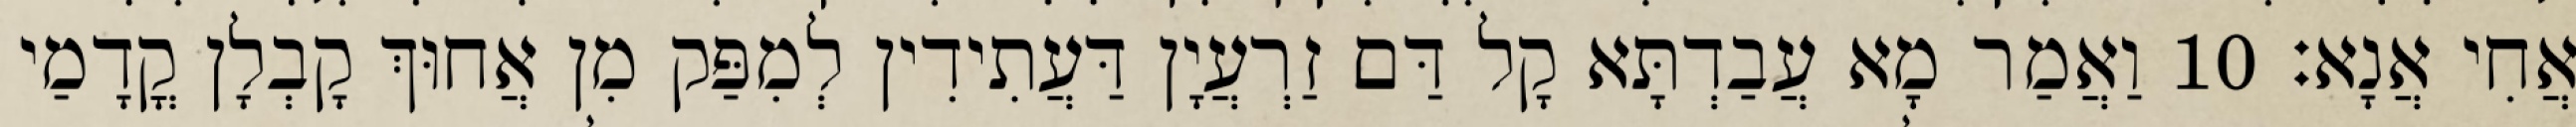
אֲחִי אֲנָא׃ 10 וַאֲמַר מָא עֲבַדְתָּא קָל דַּם זַרְעֲיָן דַּעֲתִידִין לְמִפַּק מִן אֲחוּךְ קָבְלָן קֳדָמַי